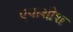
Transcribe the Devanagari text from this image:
एपाशीश